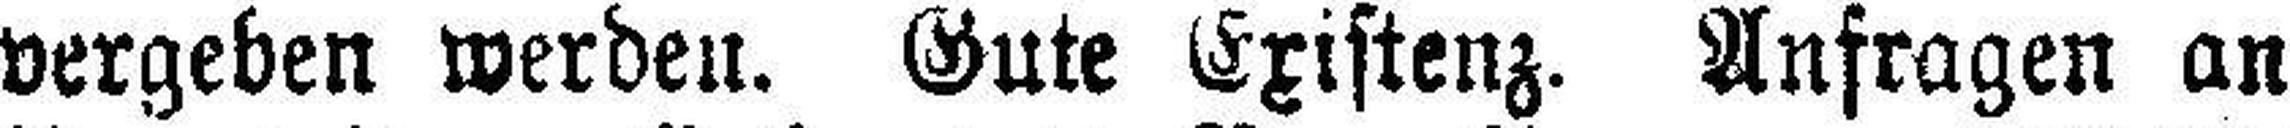
vergeben werden. Gute Existenz. Anfragen an H.